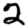
Digit: 2